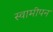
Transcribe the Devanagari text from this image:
स्वामीपन